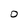
Character: O